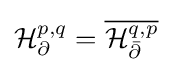
{\mathcal {H}}_{\partial }^{p,q}={\overline {{\mathcal {H}}_{\bar {\partial }}^{q,p}}}